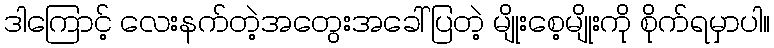
ဒါကြောင့် လေးနက်တဲ့အတွေးအခေါ်ပြတဲ့ မျိုးစေ့မျိုးကို စိုက်ရမှာပါ။